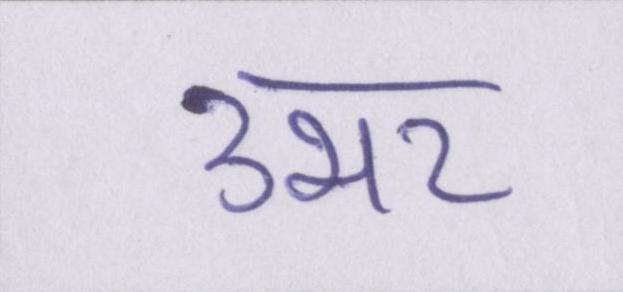
उभर